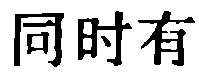
同时有